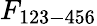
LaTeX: F_{123-456}